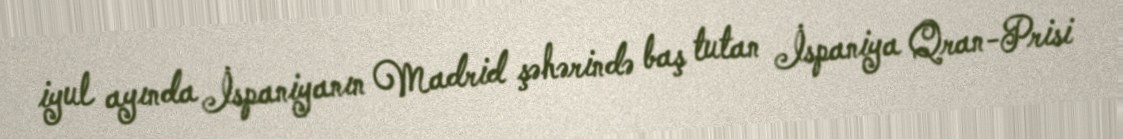
iyul ayında İspaniyanın Madrid şəhərində baş tutan İspaniya Qran-Prisi